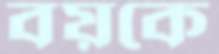
বয়কে